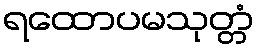
ရထောပမသုတ္တံ